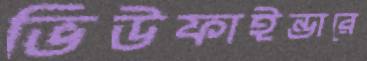
ভিউফাইন্ডারে